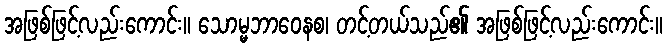
အဖြစ်ဖြင့်လည်းကောင်း။ သောမ္မဘာဝေနစ၊ တင့်တယ်သည်၏ အဖြစ်ဖြင့်လည်းကောင်း။